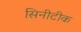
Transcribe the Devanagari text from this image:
सिनीटीक